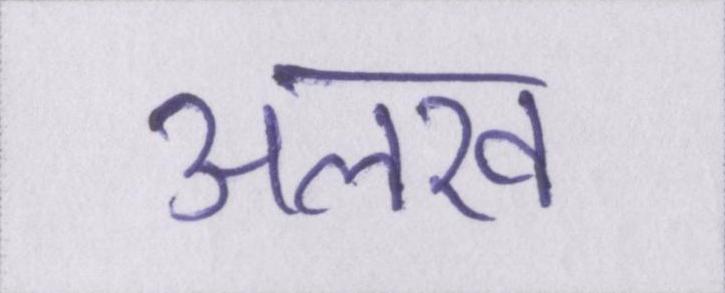
अलख